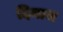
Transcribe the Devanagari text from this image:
दिमाख